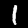
Label: 1